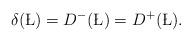
LaTeX: \begin{align*}\delta(\L) = D^-(\L) = D^+(\L).\end{align*}